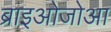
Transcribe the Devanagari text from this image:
ब्राइओजोआ